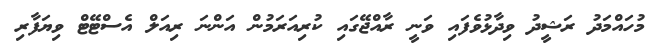
މުހައްމަދު ރަޝީދު ވިދާޅުވެފައި ވަނީ ރާއްޖޭގައި ކުރިއަރަމުން އަންނަ ރިއަލް އެސްޓޭޓް ވިޔަފާރި